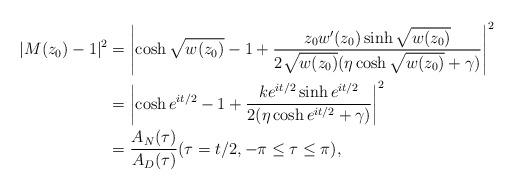
LaTeX: \begin{align*} |M(z_{0})-1|^{2}& = \left|\cosh \sqrt{w(z_{0})} -1 + \frac{z_{0}w'(z_{0})\sinh \sqrt{w(z_{0})}}{2\sqrt{w(z_{0})}(\eta \cosh \sqrt{w(z_{0})}+\gamma)}\right|^{2} \\& =\left|\cosh e^{it/2} - 1 + \frac{k e^{it/2} \sinh e^{it/2}}{2 (\eta \cosh e^{it/2} + \gamma)}\right|^{2}\\& = \frac{A_{N}(\tau)}{A_{D}(\tau)} (\tau=t/2, -\pi \leq \tau \leq \pi), \end{align*}